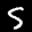
Label: 5